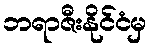
ဘရာဇီးနိုင်ငံမှ